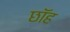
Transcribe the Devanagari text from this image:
छॉह